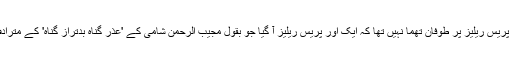
ابھی اس پریس ریلیز پر طوفان تھما نہیں تھا کہ ایک اور پریس ریلیز آ گیا جو بقول مجیب الرحمٰن شامی کے 'عذرِ گناہ بدتراز گناہ' کے مترادف ٹھہرا۔